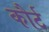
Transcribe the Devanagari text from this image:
कौर्ट